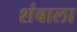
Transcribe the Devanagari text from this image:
शंबाला